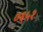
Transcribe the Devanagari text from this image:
७६५१